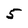
Character: 5